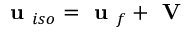
\textbf { u } _ { i s o } = \textbf { u } _ { f } + \textbf { V }